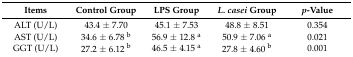
<table><thead><tr><td><b>Items</b></td><td><b>Control Group</b></td><td><b>LPS Group</b></td><td><b><i>L. casei</i> Group</b></td><td><b><i>p</i>-Value</b></td></tr></thead><tbody><tr><td>ALT (U/L)</td><td>43.4 ± 7.70</td><td>45.1 ± 7.53</td><td>48.8 ± 8.51</td><td>0.354</td></tr><tr><td>AST (U/L)</td><td>34.6 ± 6.78 <sup>b</sup></td><td>56.9 ± 12.8 <sup>a</sup></td><td>50.9 ± 7.06 <sup>a</sup></td><td>0.021</td></tr><tr><td>GGT (U/L)</td><td>27.2 ± 6.12 <sup>b</sup></td><td>46.5 ± 4.15 <sup>a</sup></td><td>27.8 ± 4.60 <sup>b</sup></td><td>0.001</td></tr></tbody></table>